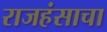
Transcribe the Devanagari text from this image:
राजहंसाचा